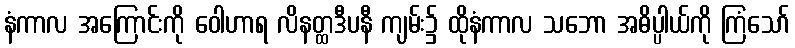
နံကာလ အကြောင်းကို ဝေါဟာရ လိနတ္ထဒီပနီ ကျမ်း၌ ထိုနံကာလ သဘော အဓိပ္ပါယ်ကို ကြံသော်